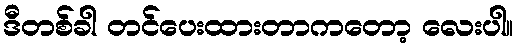
ဒီတစ်ခါ တင်ပေးထားတာကတော့ လေးပါ။